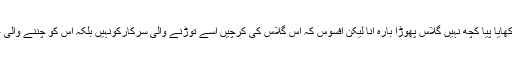
نوٹ بندی کی حماقت کے بارے میں تو بس یہی کہا جاسکتا ہے کہ کھایا پیا کچھ نہیں گلاس پھوڑا بارہ آنا لیکن افسوس کہ اس گلاس کی کرچیں اسے توڑنے والی سرکارکونہیں بلکہ اس کو چننے والی عوام کے ہاتھوں میں لگی ہیں بلکہ ان کا سارا وجود لہولہان ہوگیا ہے۔